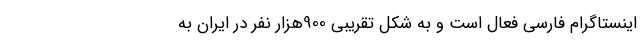
اینستاگرام فارسی فعال است و به شکل تقریبی 900هزار نفر در ایران به